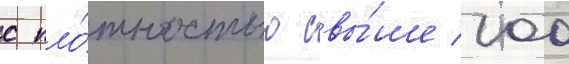
с пло́тностью свы́ше 100